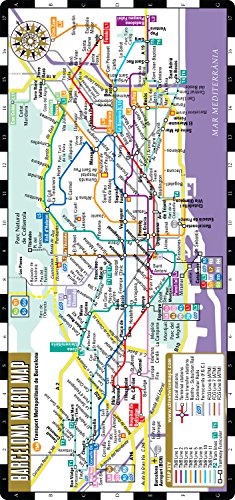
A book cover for Streetwise Barcelona Metro Map - Laminated Metro Map of Barcelona Spain - Folding pocket size subway map for travel; Streetwise Maps Inc; Engineering & Transportation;